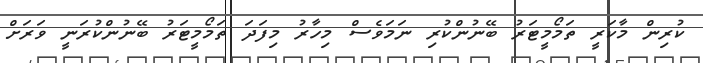
ކުރިން މާކަރީ ތަމޯމީޓަރު ބޭނުންކުރި ނަމަވެސް މިހާރު މިފަދަ ތަމޯމީޓަރު ބޭނުންކުރަނީ ވަރަށް